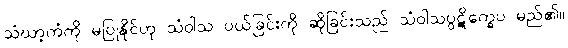
သံဃာ့ကံကို မပြုနိုင်ဟု သံဝါသ ပယ်ခြင်းကို ဆိုခြင်းသည် သံဝါသပ္ပဋိက္ခေပ မည်၏။